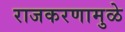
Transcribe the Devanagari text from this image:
राजकरणामुळे